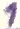
Text: 1